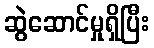
ဆွဲဆောင်မှုရှိပြီး